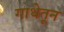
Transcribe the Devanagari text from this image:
गाथेतून